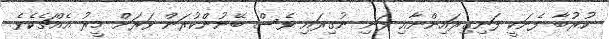
ކުރުބާ ފެނަކީ ފަނިގިރައިންނާއި ފަނި ނުގިރައި ވެސް ބޭނުންކުރަން ވަރަށް މީރު އެއްޗެކެވެ.